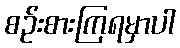
စဉ်းစားကြရမှာပါ